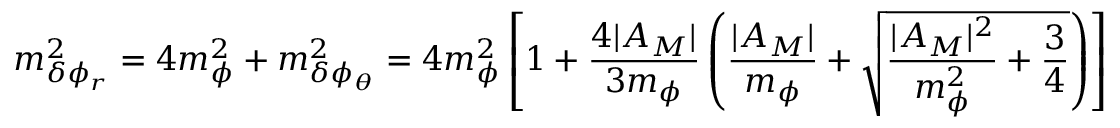
m _ { \delta \phi _ { r } } ^ { 2 } = 4 m _ { \phi } ^ { 2 } + m _ { \delta \phi _ { \theta } } ^ { 2 } = 4 m _ { \phi } ^ { 2 } \left[ 1 + \frac { 4 | A _ { M } | } { 3 m _ { \phi } } \left( \frac { | A _ { M } | } { m _ { \phi } } + \sqrt { \frac { | A _ { M } | ^ { 2 } } { m _ { \phi } ^ { 2 } } + \frac { 3 } { 4 } } \right) \right]